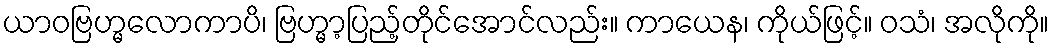
ယာဝဗြဟ္မလောကာပိ၊ ဗြဟ္မာ့ပြည့်တိုင်အောင်လည်း။ ကာယေန၊ ကိုယ်ဖြင့်။ ဝသံ၊ အလိုကို။